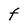
Character: t